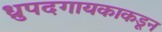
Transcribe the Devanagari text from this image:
ध्रुपदगायकाकडून